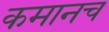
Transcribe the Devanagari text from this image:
कमानच